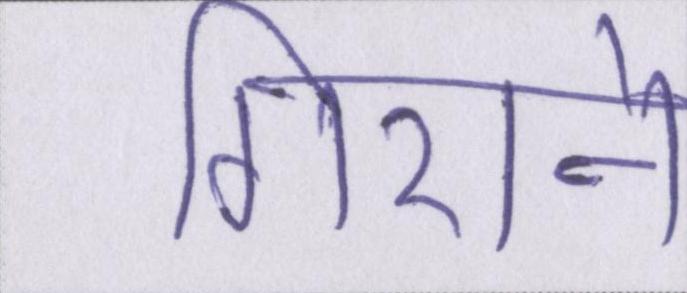
गिराने